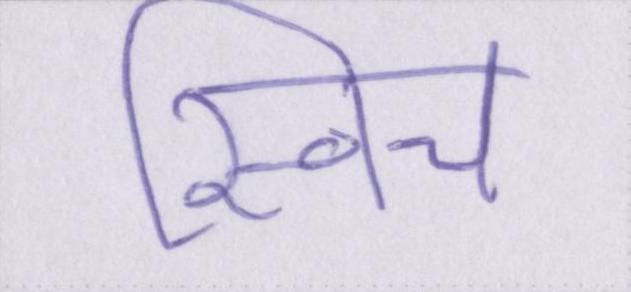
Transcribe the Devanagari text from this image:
स्विच